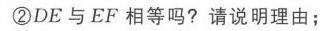
\textcircled{2} \(DE\) 与 \(EF\) 相等吗？请说明理由；